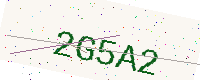
Text: 2G5A2